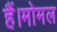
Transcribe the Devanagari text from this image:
हैं।मोमल